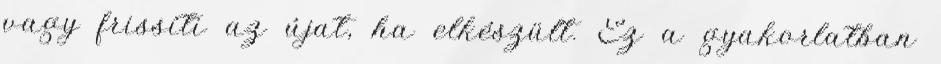
vagy frissíti az újat, ha elkészült. Ez a gyakorlatban